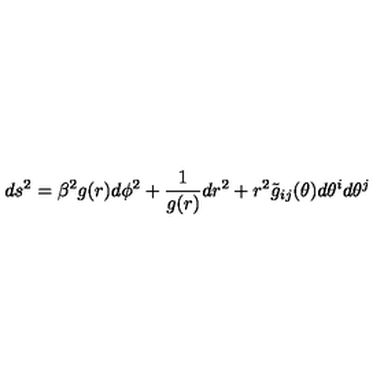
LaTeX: d s ^ { 2 } = \beta ^ { 2 } g ( r ) d \phi ^ { 2 } + { \frac { 1 } { g ( r ) } } d r ^ { 2 } + r ^ { 2 } \tilde { g } _ { i j } ( \theta ) d \theta ^ { i } d \theta ^ { j }